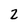
Character: 2